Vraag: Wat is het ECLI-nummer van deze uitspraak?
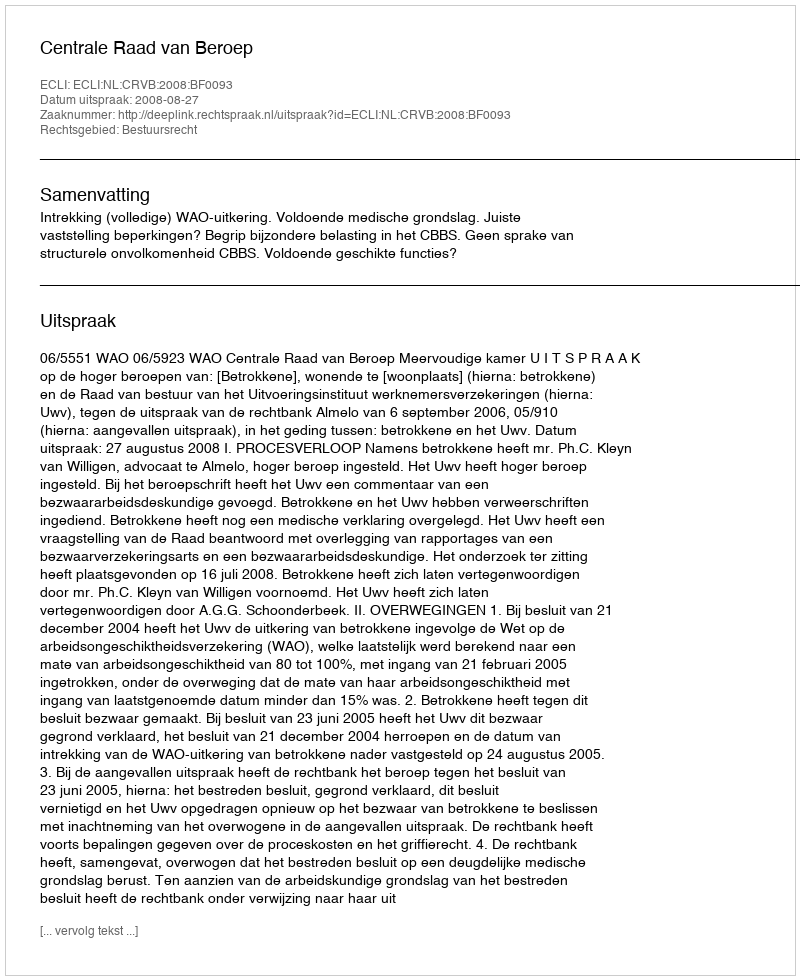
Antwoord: ECLI:NL:CRVB:2008:BF0093